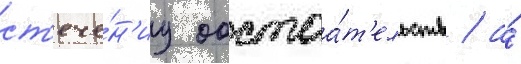
ст'ече́н'иу обстоа́т'ельств / а́